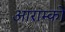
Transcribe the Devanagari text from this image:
आराम्को